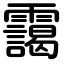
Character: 靄